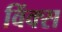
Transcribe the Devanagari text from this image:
विंक्स